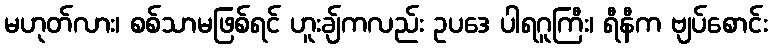
မဟုတ်လား၊ စစ်သာမဖြစ်ရင် ဟူးချ်ကလည်း ဥပဒေ ပါရဂူကြီး၊ ရီနီက ဗျပ်စောင်း